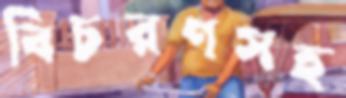
বিচরণসহ